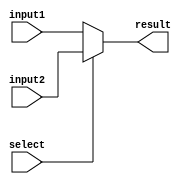
`timescale 1ns/1ns
module Mux2_31bits(input[31:0] input1, input2, input select, output[31:0] result);
    assign result = (select == 0) ? input1:input2;
endmodule

module Mux2_1bits(input input1, input2, select, output result);
    assign result = (select == 0) ? input1 : input2;
endmodule

module Mux3(input[31:0] input1, input2, input3, input[1:0]select, output[31:0] res);
    assign res = (select == 0) ? input1:(select==1)?input2:(select==2)?input3:32'bz;
endmodule

module Pc_Mux(input pcWrite, isBranch, jump, input[31:0]pcInput, branchInput, jumpInput, output[31:0]res);
    assign res = (isBranch == 1)?branchInput:(jump==1)?jumpInput:(pcWrite==1)?pcInput:32'bz;
endmodule